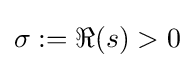
\sigma :=\Re (s)>0